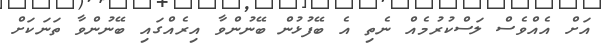
އަށް އެއްވެސް ލަސްކުރުމެއް ނެތި އެ ބޭފުޅުން ބޭނުންވާ އިރެއްގައި ބޭނުންވާ ތަނަކަަށް